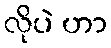
လိုပဲ ဟာ